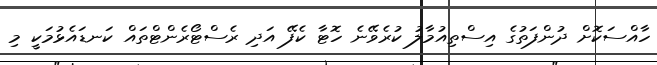
ހާއްސަކޮށް ދުންފަތުގެ އިސްތިއުމާލު ކުރެވޭނެ ހޮޓާ ކެފޭ އަދި ރެސްޓޯރެންޓްތައް ކަނޑައެޅުމަކީ މި